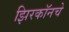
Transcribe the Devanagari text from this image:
झिरकॉनचे